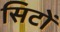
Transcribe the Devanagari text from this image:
सिटों